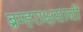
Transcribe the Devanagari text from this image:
ब्रम्हराक्षसाची